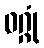
ဝဂ္ဂုံ